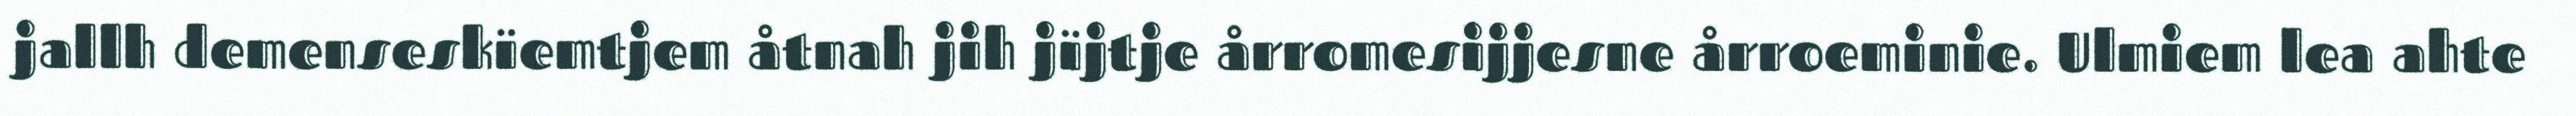
jallh demenseskïemtjem åtnah jih jïjtje årromesijjesne årroeminie. Ulmiem lea ahte